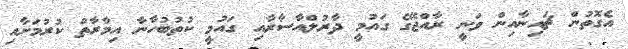
އެގޮތުން ޗައިނާއިން ވަނީ ރާއްޖޭގެ ގައުމީ ދާރުލްއާސާރާއި ގައުމީ ކުތުބުހާނާ އިމާރާތް ކުރުމަށާއި